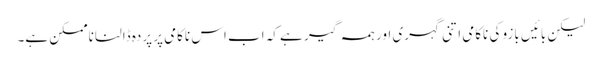
لیکن بائیں بازو کی ناکامی اتنی گہری اور ہمہ گیر ہے کہ اب اس ناکامی پر پردہ ڈالنا ناممکن ہے۔